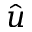
\hat { u }